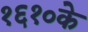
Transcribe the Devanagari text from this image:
१६१०के